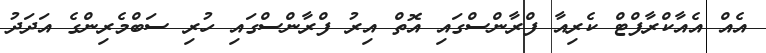
އެއް އެއާކްރާފްޓް ކެރިއާ ފްރާންސްގައި އޮތް އިރު ފްރާންސްގައި ހުރި ސަބްމެރިންގެ އަދަދު